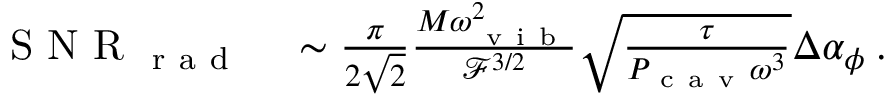
\begin{array} { r l } { \mathrm { ~ S ~ N ~ R ~ } _ { \mathrm { ~ r ~ a ~ d ~ } } } & { { } \sim \frac { \pi } { 2 \sqrt { 2 } } \frac { M \omega _ { \mathrm { ~ v ~ i ~ b ~ } } ^ { 2 } } { \mathcal { F } ^ { 3 / 2 } } \sqrt { \frac { \tau } { P _ { \mathrm { ~ c ~ a ~ v ~ } } \omega ^ { 3 } } } \Delta \alpha _ { \phi } \: . } \end{array}